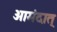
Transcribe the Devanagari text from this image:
आमंदात्‌